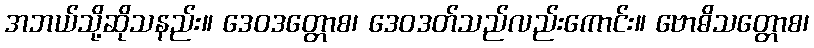
အဘယ်သို့ဆိုသနည်း။ ဒေဝဒတ္တောစ၊ ဒေဝဒတ်သည်လည်းကောင်း။ ဗောဓိသတ္တောစ၊